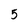
Character: 5